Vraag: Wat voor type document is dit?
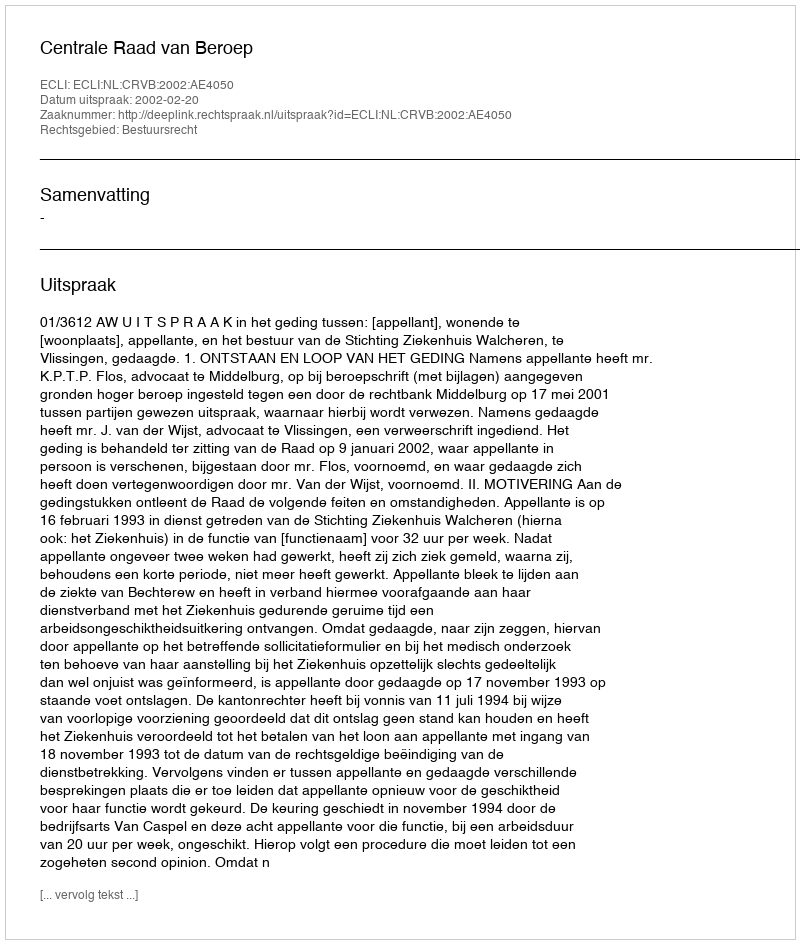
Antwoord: Uitspraak